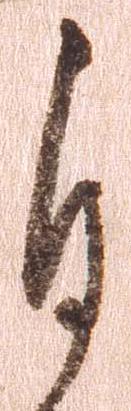
自